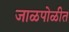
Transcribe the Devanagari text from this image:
जाळपोळीत